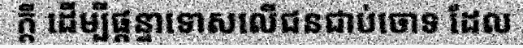
ក្តី ដើម្បីផ្តន្ទាទោសលើជនជាប់ចោទ ដែល